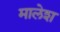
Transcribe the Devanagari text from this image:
मालेश